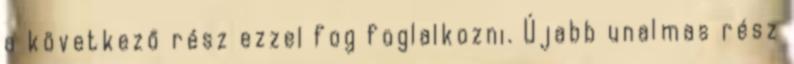
a következő rész ezzel fog foglalkozni. Újabb unalmas rész